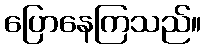
ပြောနေကြသည်။